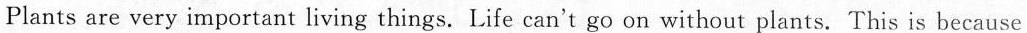
Plants are very important living things. Life can't go on without plants. This is because